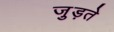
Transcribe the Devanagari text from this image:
जु़ड़ते